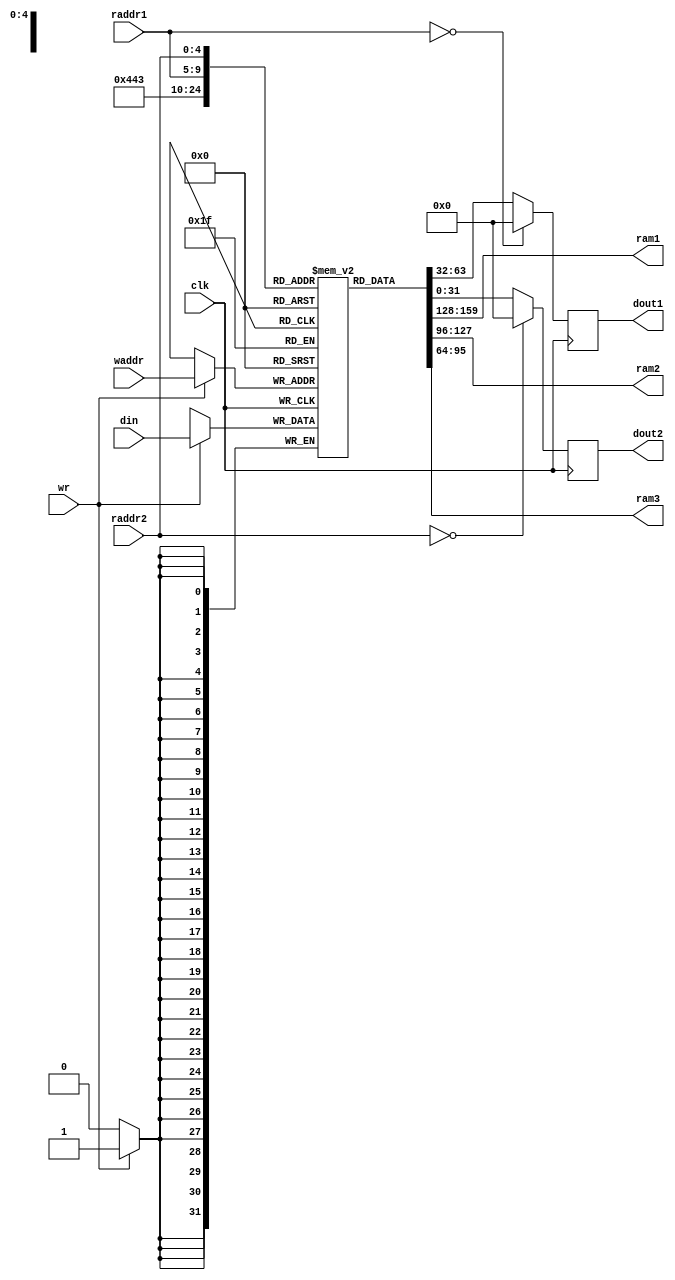
module regfile_14(clk, raddr1, dout1, raddr2, dout2, wr, waddr, din, ram1, ram2, ram3);
	input 			clk;
	input 			wr;
	input	[4:0] 	raddr1, raddr2, waddr;
	input	[31:0] 	din;
	output	reg[31:0] 	dout1, dout2;
	output wire[31:0] ram1;
	output wire[31:0] ram2;
	output wire[31:0] ram3;
	reg [31:0] ram [0:31];
	assign ram1 = ram[5'b00001];
	assign ram2 = ram[5'b00010];
	assign ram3 = ram[5'b00011];
	always @(posedge clk)
	begin
		if (wr == 1'b1)
		begin
			ram[waddr] = din;
		end
	end
	always @(negedge clk)
	begin
		dout1 <= (raddr1 == 5'b0) ? 32'b0 : ram[raddr1];
		dout2 <= (raddr2 == 5'b0) ? 32'b0 : ram[raddr2];
	end
endmodule